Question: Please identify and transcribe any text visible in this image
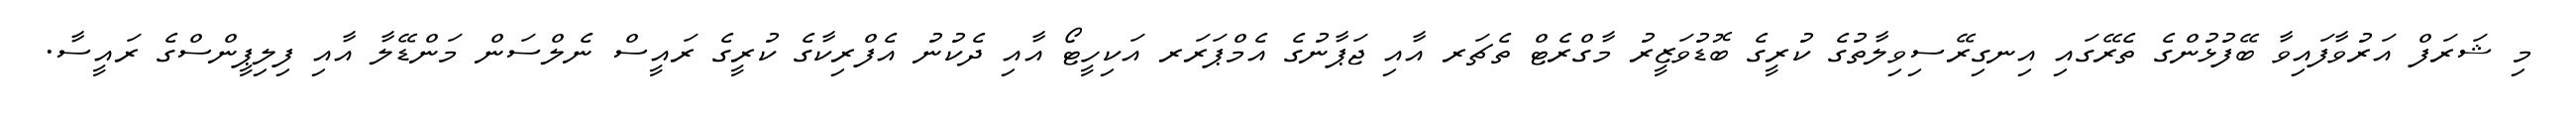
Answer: މި ޝަރަފް އަރުވާފައިވާ ބޭފުޅުންގެ ތެރޭގައި އިނގިރޭސިވިލާތުގެ ކުރީގެ ބޮޑުވަޒީރު މާގްރެޓް ތެޗަރ އާއި ޖަޕާނުގެ އެމްޕަރަރ އަކިހީޓޯ އާއި ދެކުނު އެފްރިކާގެ ކުރީގެ ރައީސް ނެލްސަން މަންޑޭލާ އާއި ފިލިޕީންސްގެ ރައީސާ.